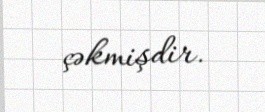
çəkmişdir.